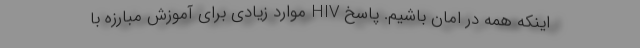
اینکه همه در امان باشیم. پاسخ HIV موارد زیادی برای آموزش مبارزه با